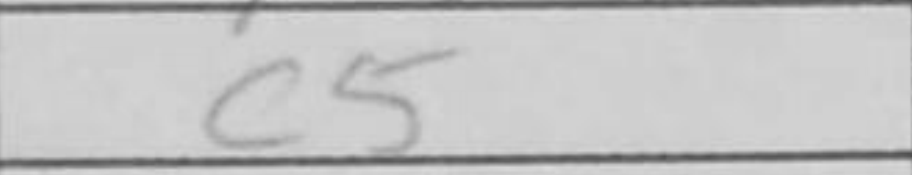
Transcription: c5